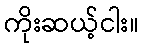
ကိုးဆယ့်ငါး။